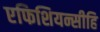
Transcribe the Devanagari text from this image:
एफिशियन्सीहि